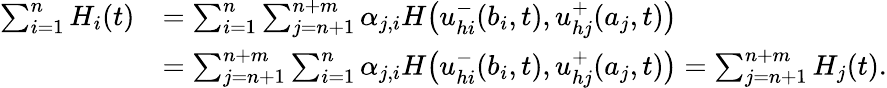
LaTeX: \begin{array}{rl}{\sum_{i=1}^{n}H_{i}(t)}&{=\sum_{i=1}^{n}\sum_{j=n+1}^{n+m}\alpha_{j,i}H\big({u}_{hi}^{-}(b_{i},t),{u}_{hj}^{+}(a_{j},t)\big)}\\ &{=\sum_{j=n+1}^{n+m}\sum_{i=1}^{n}\alpha_{j,i}H\big({u}_{hi}^{-}(b_{i},t),{u}_{hj}^{+}(a_{j},t)\big)=\sum_{j=n+1}^{n+m}H_{j}(t).}\end{array}